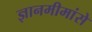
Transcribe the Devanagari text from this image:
ज्ञानमीमांसे